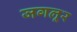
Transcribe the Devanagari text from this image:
जगलूर